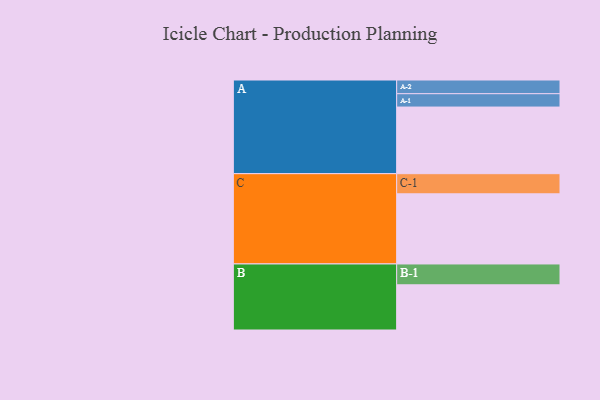
{"axis": {"x": "Segment", "y": "Value"}, "legend": ["", "A", "B", "C"], "data": [{"x": "A", "y": 569, "type": ""}, {"x": "B", "y": 386, "type": ""}, {"x": "C", "y": 599, "type": ""}, {"x": "A-1", "y": 114, "type": "A"}, {"x": "A-2", "y": 117, "type": "A"}, {"x": "B-1", "y": 178, "type": "B"}, {"x": "C-1", "y": 172, "type": "C"}]}